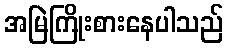
အမြဲကြိုးစားနေပါသည်